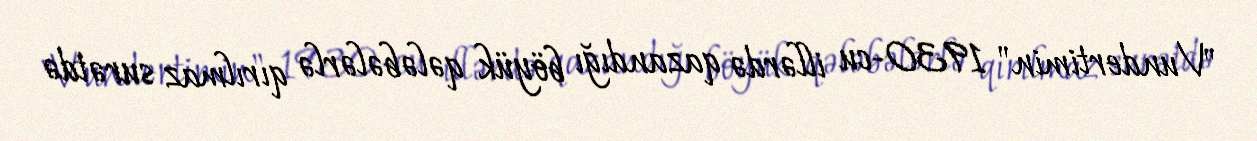
"Vundertimin" 1930-cu illərdə qazandığı böyük qələbələrlə qırılmaz surətdə